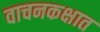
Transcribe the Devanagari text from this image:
वाचनकक्षात